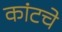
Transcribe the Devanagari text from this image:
कांटचे